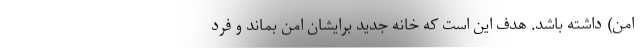
امن) داشته باشد. هدف این است که خانه جدید برایشان امن بماند و فرد